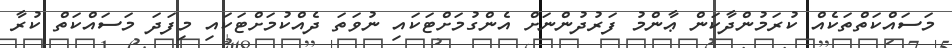
މަސައްކަތްތަކެއް ކުރަމުންދާކަން ޢާންމު ފަރުދުންނަށް އެންގުމަށްޓަކައި ނުވަތަ ދެއްކުމަށްޓަކައި މިފަދަ މަސައްކަތް ކުރާ